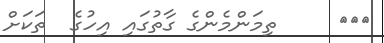
١٦٩     ތިމަންމެންގެ ގާތުގައި އިހުގެ  ތަކަށް